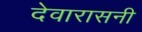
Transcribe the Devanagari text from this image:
देवारासनी